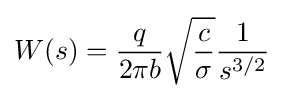
W(s)={\frac {q}{2\pi b}}{\sqrt {\frac {c}{\sigma }}}{\frac {1}{s^{3/2}}}